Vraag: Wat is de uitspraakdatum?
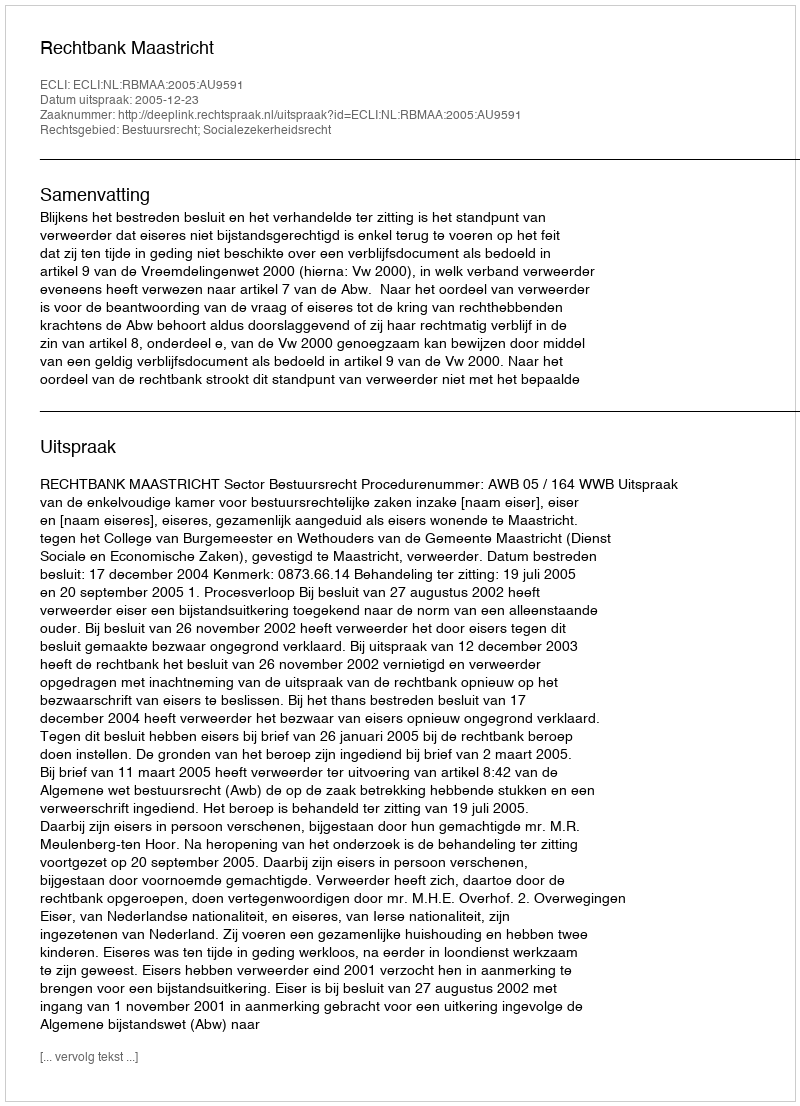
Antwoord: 2005-12-23